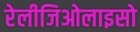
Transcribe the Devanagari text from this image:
रेलीजिओलाइसो